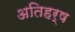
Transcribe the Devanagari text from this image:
अतिहर्ष